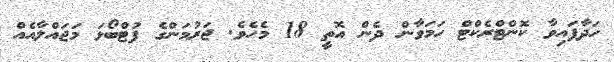
ހަދާފައިވާ ކޮންޓްރެކްޓް ހަމަވާން ދެން އޮތީ 18 މެހެވެ. ޖަރުމަންގެ ފުޓްބޯޅަ މަޖައްލާއެއް